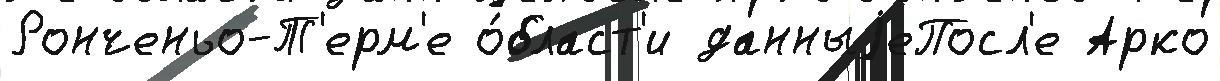
Ронченьо-Т'ерм'е о́бласт'и данныjеПосл'е Арко